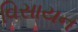
વિસાયન